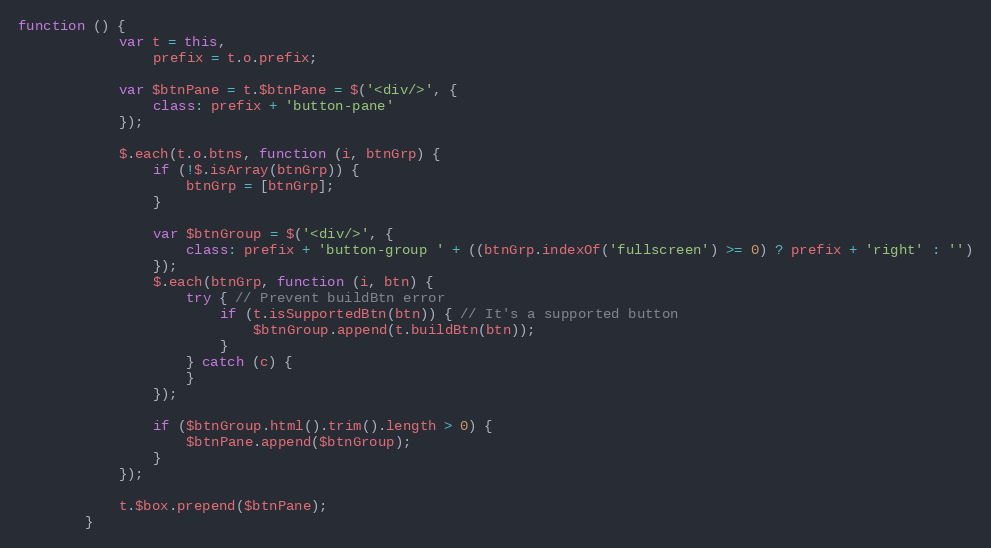
Language: JavaScript
function () {
            var t = this,
                prefix = t.o.prefix;

            var $btnPane = t.$btnPane = $('<div/>', {
                class: prefix + 'button-pane'
            });

            $.each(t.o.btns, function (i, btnGrp) {
                if (!$.isArray(btnGrp)) {
                    btnGrp = [btnGrp];
                }

                var $btnGroup = $('<div/>', {
                    class: prefix + 'button-group ' + ((btnGrp.indexOf('fullscreen') >= 0) ? prefix + 'right' : '')
                });
                $.each(btnGrp, function (i, btn) {
                    try { // Prevent buildBtn error
                        if (t.isSupportedBtn(btn)) { // It's a supported button
                            $btnGroup.append(t.buildBtn(btn));
                        }
                    } catch (c) {
                    }
                });

                if ($btnGroup.html().trim().length > 0) {
                    $btnPane.append($btnGroup);
                }
            });

            t.$box.prepend($btnPane);
        }